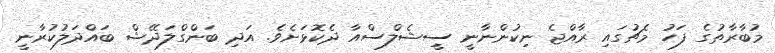
މުބާރާތުގެ ފަހު މެޗުގައި ރާއްޖެ ނިކުންނާނީ ސީޝެލްސްއާ ދެކޮޅަށެވެ. އަދި ބަންގްލަދޭޝް ބައްދަލުކުރާނީ